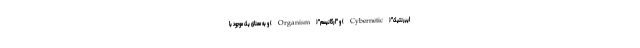
ایبرنتیک"(Cybernetic) و "ارگانیسم"(Organism) و به معنای یک موجود با